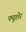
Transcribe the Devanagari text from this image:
फ्यूशेर